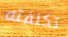
تكلفته